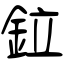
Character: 鉝